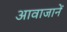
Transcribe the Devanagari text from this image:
आवाजानें